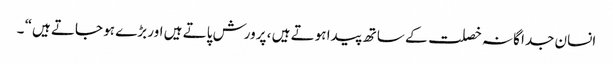
انسان جدا گانہ خصلت کے ساتھ پیدا ہوتے ہیں ، پرورش پاتے ہیں اور بڑے ہو جاتے ہیں“ ۔